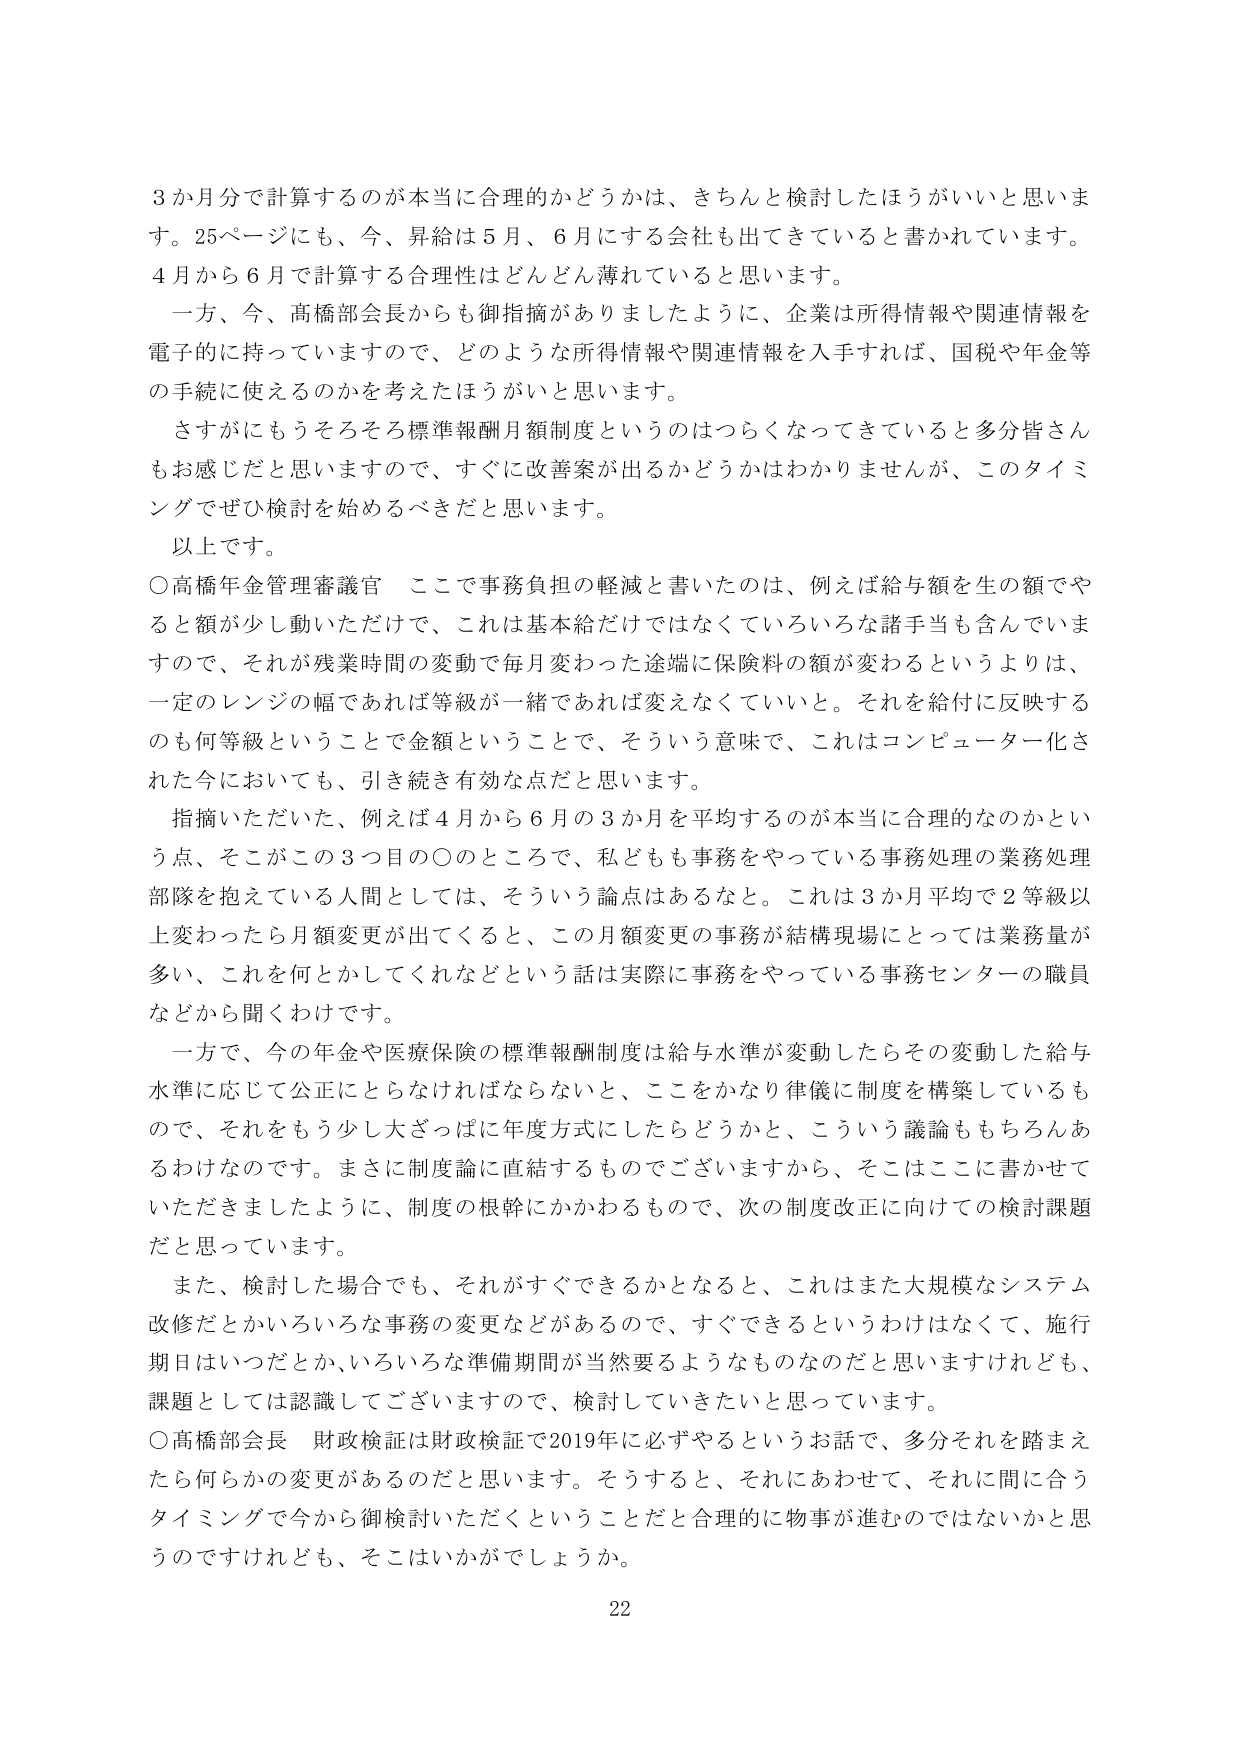
3か月分で計算するのが本当に合理的かどうかは、きちんと検討したほうがいいと思います。25ページにも、今、昇給は5月、6月にする会社も出てきていると書かれています。4月から6月で計算する合理性はどんどん薄れていると思います。

一方、今、高橋部会長からも御指摘がありましたように、企業は所得情報や関連情報を電子的に持っていますので、どのような所得情報や関連情報を入手すれば、国税や年金等の手続に使えるのかを考えたほうがいいと思います。

さすがにもうそろそろ標準報酬月額制度というのはつらくなってきていると多分皆さんもお感じだと思いますので、すぐに改善案が出るかどうかはわかりませんが、このタイミングでぜひ検討を始めるべきだと思います。

以上です。

○高橋年金管理審議官　ここで事務負担の軽減と書いたのは、例えば給与額を生の額でやると額が少し動いただけで、これは基本給だけではなくていろいろな諸手当も含んでいますので、それが残業時間の変動で毎月変わった途端に保険料の額が変わるというよりは、一定のレンジの幅であれば等級が一緒であれば変えなくていいと。それを給付に反映するのも何等級ということで金額ということで、そういう意味で、これはコンピュータ化された今においても、引き続き有効な点だと思います。

指摘いただいた、例えば4月から6月の3か月を平均するのが本当に合理的なのかという点、そこがこの3つ目の○のところで、私どもも事務をやっている事務処理の業務処理部隊を抱えている人間としては、そういう論点はあるなと。これは3か月平均で2等級以上変わったら月額変更が出てくると、この月額変更の事務が結構現場にとっては業務量が多い、これを何とかしてくれなどという話は実際に事務をやっている事務センターの職員などから聞くわけです。

一方で、今の年金や医療保険の標準報酬制度は給与水準が変動したらその変動した給与水準に応じて公正にとらなければならないと、ここをかなり律儀に制度を構築しているもので、それをもう少し大ざっぱに年度方式にしたらどうかと、こういう議論ももちろんあるわけです。まさに制度論に直結するものでございますから、そこはここに書かせていただきましたように、制度の根幹にかかわるもので、次の制度改正に向けての検討課題だと思っています。

また、検討した場合でも、それがすぐできるかとなると、これはまた大規模なシステム改修だとかいろいろな事務の変更などがあるので、すぐできるというわけではなくて、施行期日はいつだとか、いろいろな準備期間が当然要るようなものなのだと思いますけれども、課題としては認識してございますので、検討していきたいと思っています。

○高橋部会長　財政検証は財政検証で2019年に必ずやるというお話で、多分それを踏まえたら何らかの変更があるのだと思います。そうすると、それにあわせて、それに間に合うタイミングで今から御検討いただくということだと合理的に物事が進むのではないかと思うのですけれども、そこはいかがでしょうか。

22